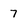
Character: 7